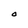
Character: O